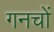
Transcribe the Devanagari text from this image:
गनचों